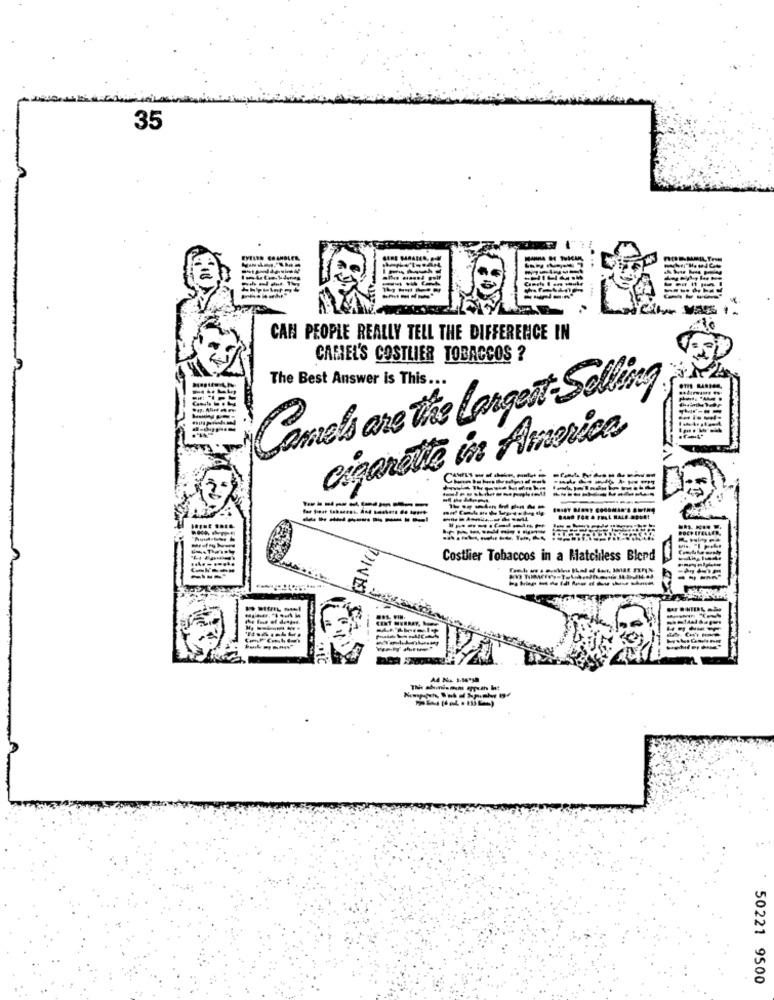
35
EYELER GRAMDL
CAN PEOPLE REALLY TELL THE DIFFERENCE IN
CAMIEL'S COSTLIER TOBACCOS ?
The Best Answer is This ...
Comels are the Largest Selling
cigarette in America
---------
---------
---------
Costlier Tobaccos in a Matchless Blend
50221 9500